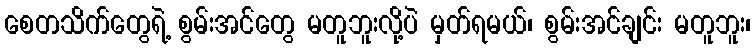
စေတသိက်တွေရဲ့ စွမ်းအင်တွေ မတူဘူးလို့ပဲ မှတ်ရမယ်၊ စွမ်းအင်ချင်း မတူဘူး၊